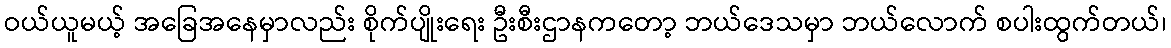
ဝယ်ယူမယ့် အခြေအနေမှာလည်း စိုက်ပျိုးရေး ဦးစီးဌာနကတော့ ဘယ်ဒေသမှာ ဘယ်လောက် စပါးထွက်တယ်၊